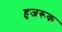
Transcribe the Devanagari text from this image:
हुजरूक